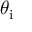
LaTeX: \theta _ { \mathrm { i } }